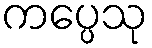
ကပ္ပေသု